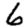
Digit: 6